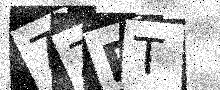
Text: 7ZRT